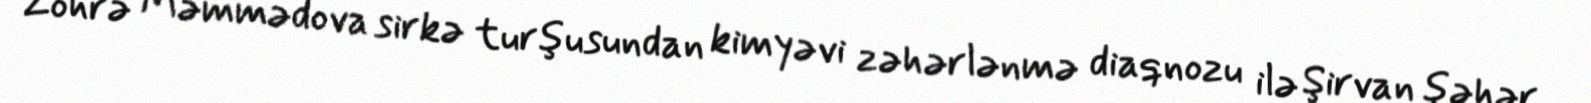
Zöhrə Məmmədova sirkə turşusundan kimyəvi zəhərlənmə diaqnozu ilə Şirvan şəhər